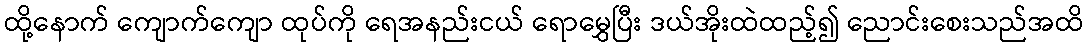
ထို့နောက် ကျောက်ကျော ထုပ်ကို ရေအနည်းငယ် ရောမွှေပြီး ဒယ်အိုးထဲထည့်၍ ညောင်းစေးသည်အထိ